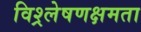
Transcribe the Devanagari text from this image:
विश्र्लेषणक्षमता